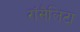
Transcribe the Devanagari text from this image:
रॉसैलिटा